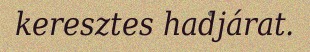
keresztes hadjárat.